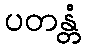
ပတန္တံ